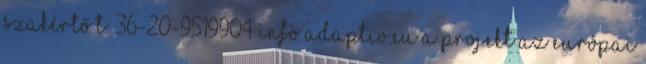
szakértő T: 36-20-9519904 info adaptiv.eu A projekt az Európai